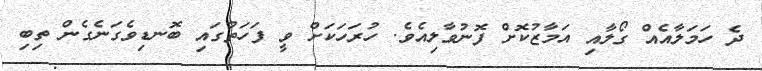
ދެ ހަމަލާއެއް ގޯލާއި އަމާޒުކޮށް ފޮނުވާލިއެވެ. ހުރަހަކަށް ވީ ފަހަތުގައި ބޮނޑިވެގަނެގެން ތިބި